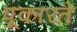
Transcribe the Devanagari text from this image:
पूकारते